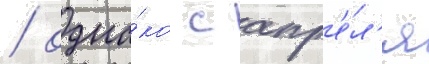
/ одна́ко с апр'е́л'я